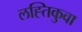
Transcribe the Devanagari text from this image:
लह्तिकुवा